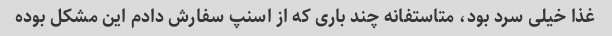
غذا خیلی سرد بود، متاستفانه چند باری که از اسنپ سفارش دادم این مشکل بوده